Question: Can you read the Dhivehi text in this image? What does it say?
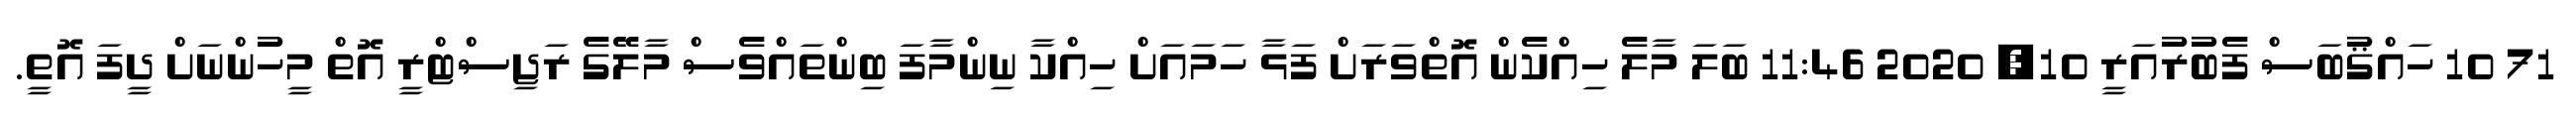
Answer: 71 10 ހައްޤުބަސް ފެބުރުއަރީ 10, 2020 11:46 ބަލަ މާލެ ހިއްކެން އޮތްވަރަށް ފަޅާ ހަމައަށް ހިއްކާ ނިންމާފަ ބިންތައްވެސް މާލޭގެ ރަޖިސްޓްރީ އޮތް މީހުންނަށް ދީފަ އޮތީ.